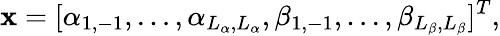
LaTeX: \mathbf{x}=[\alpha_{1,-1},\ldots,\alpha_{L_{\alpha},L_{\alpha}},\beta_{1,-1},\ldots,\beta_{L_{\beta},L_{\beta}}]^{T},